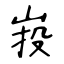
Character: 𡷠